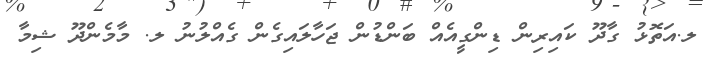
ލ.އަތޮޅު ގާދޫ ކައިރިން ޑިންގީއެއް ބަންޑުން ޖަހާލައިގެން ގެއްލުނު ލ. މާމެންދޫ ޝިމާ